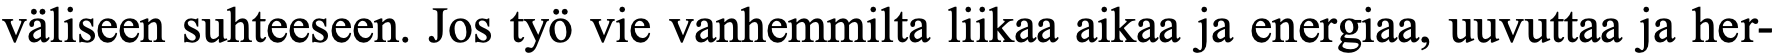
väliseen suhteeseen. Jos työ vie vanhemmilta liikaa aikaa ja energiaa, uuvuttaa ja her-